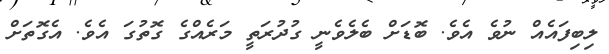
ލިބިފައެއް ނުވެ އެވެ. ބޮޑަށް ބެލެވެނީ ގުދުރަތީ މަރެއްގެ ގޮތުގަ އެވެ. އެގޮތަށް